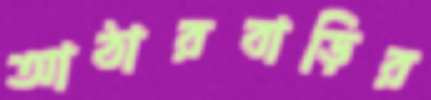
আঠারবাড়ির